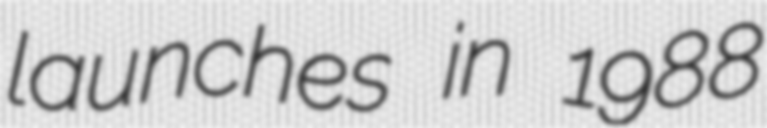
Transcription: launches in 1988